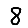
Digit: 8